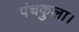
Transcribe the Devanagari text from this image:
पंचकुला।